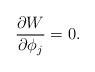
LaTeX: \begin{align*}\frac{\partial W}{\partial \phi_{j}} = 0.\end{align*}